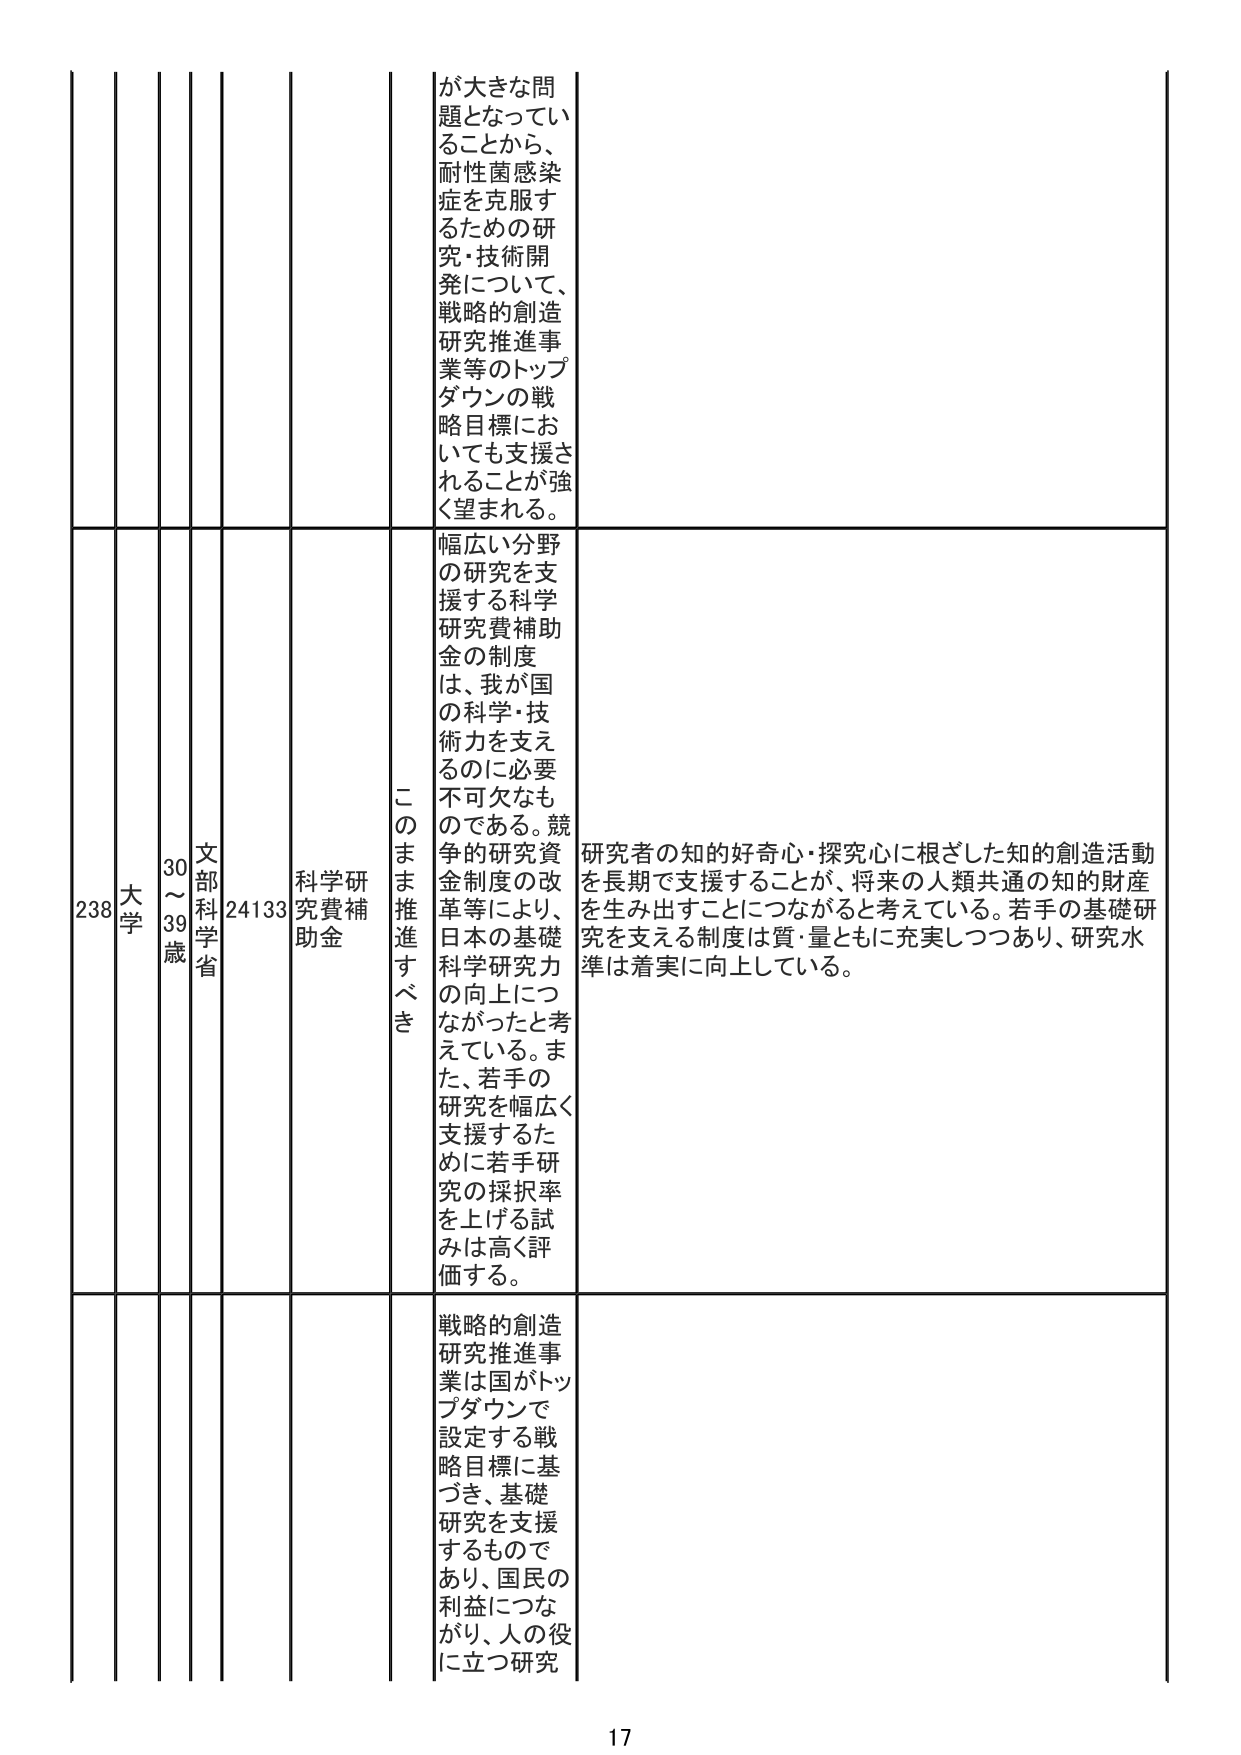
が大きな問題となってい
ることから、
耐性菌感染
症を克服す
るための研
究・技術開
発について、
戦略的創造
研究推進事
業等のトップ
ダウンの戦
略目標にお
いても支援さ
れることが強
く望まれる。

238
大学
30～
39歳
文部
科学
省
24133
科学研究費補助金
このまま推進すべき
幅広い分野
の研究を支
援する科学
研究費補助
金の制度
は、我が国
の科学・技
術力を支え
るのに必要
不可欠なも
のである。競
争的研究費
金制度の改
革等により、
日本の基礎
科学研究力
の向上につ
ながったと考
えている。ま
た、若手の
研究を幅広く
支援するた
めに若手研
究の採択率
を上げる試
みは高く評
価する。
研究者の知的好奇心・探究心に根ざした知的創造活動
を長期で支援することが、将来の人類共通の知的財産
を生み出すことにつながると考えている。若手の基礎研
究を支える制度は質・量ともに充実しつつあり、研究水
準は着実に向上している。

戦略的創造
研究推進事
業は国がトップダウンで
設定する戦
略目標に基
づき、基礎
研究を支援
するもので
あり、国民の
利益につな
がり、人の役
に立つ研究

17